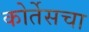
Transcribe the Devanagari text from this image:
कोर्तेसचा